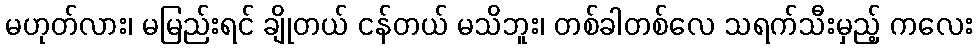
မဟုတ်လား၊ မမြည်းရင် ချိုတယ် ငန်တယ် မသိဘူး၊ တစ်ခါတစ်လေ သရက်သီးမှည့် ကလေး